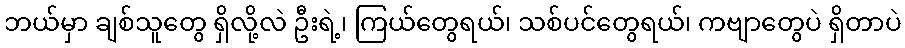
ဘယ်မှာ ချစ်သူတွေ ရှိလို့လဲ ဦးရဲ့၊ ကြယ်တွေရယ်၊ သစ်ပင်တွေရယ်၊ ကဗျာတွေပဲ ရှိတာပဲ